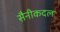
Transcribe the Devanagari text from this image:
सैनीकदल